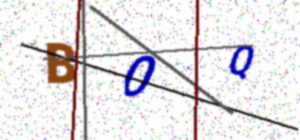
Text: B0Q